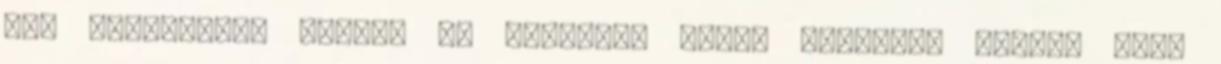
egy végtelenül kedves és türelmes pasi, pontosan tudta, hogy